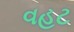
વહટ